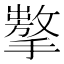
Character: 𢶗